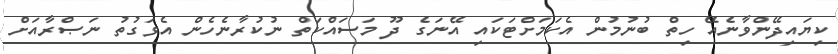
ކިޔައިދޭންވާނެއޭ ހިތް ބުނުމުން އެކަމަށްޓަކައި އޭނަގެ ދޫ މަސައްކަތް ނުކުރާނެހެން އެވަގުތު ނަޞްރާއަށް